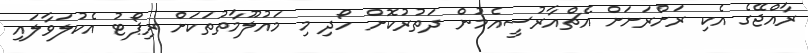
ރާއްޖޭގެ އެކި ރަށްރަށަށް އެޗްއާރުސީއެމުން ދަތުރުކޮށް ހޯދި މި މައުލޫމާތުތަކަށް ރިޕޯޓު އެކުލަވާލައި